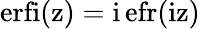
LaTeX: \mathrm{erfi(z)}=\mathrm{i\, efr(\mathrm{iz)}}